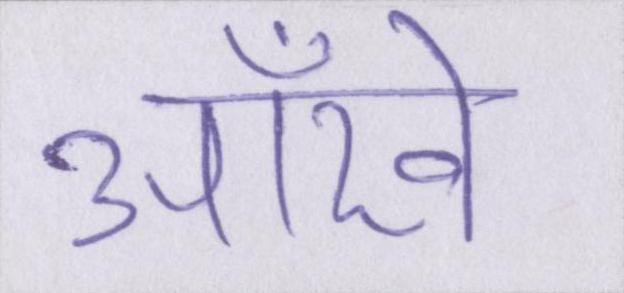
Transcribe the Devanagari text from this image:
आँखे